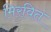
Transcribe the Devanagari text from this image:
मिरवित